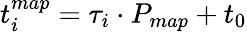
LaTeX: t_{i}^{map}=\tau_{i}\cdot P_{map}+t_{0}